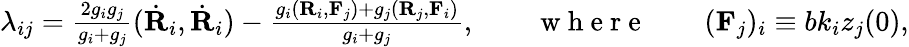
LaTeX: \begin{array}{r}{\lambda_{ij}=\frac{2g_{i}g_{j}}{g_{i}+g_{j}}(\dot{\mathbf R}_{i},\dot{\mathbf R}_{i})-\frac{g_{i}({\mathbf R}_{i},{\mathbf F}_{j})+g_{j}({\mathbf R}_{j},{\mathbf F}_{i})}{g_{i}+g_{j}},\qquad\mathrm{~w~h~e~r~e~}\qquad({\mathbf F}_{j})_{i}\equiv bk_{i}z_{j}(0),}\end{array}